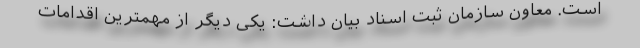
است. معاون سازمان ثبت اسناد بیان داشت: یکی دیگر از مهمترین اقدامات